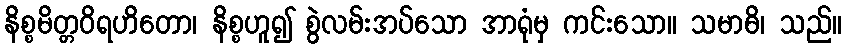
နိစ္စမိတ္တဝိရဟိတော၊ နိစ္စဟူ၍ စွဲလမ်းအပ်သော အာရုံမှ ကင်းသော။ သမာဓိ၊ သည်။